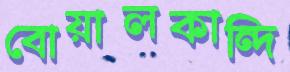
বোয়ালকান্দি